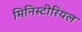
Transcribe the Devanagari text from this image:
मिनिस्टीरियल